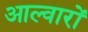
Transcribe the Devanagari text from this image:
आल्वारों